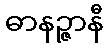
ဓာနဉ္ဇာနီ